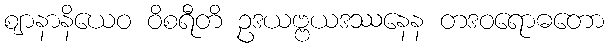
ဈာနာနိယေဝ ဝိစရီတိ ဥဒယဗ္ဗယဒဿနေန တဒဝရောဓတော